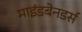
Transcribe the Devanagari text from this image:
माइंडबेनडर्स